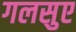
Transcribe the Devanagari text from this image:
गलसुए